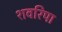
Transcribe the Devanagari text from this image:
शवरिपा